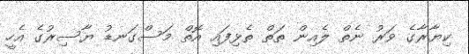
ކިޔާރާގެ ވަރު ނެތް ލެއިން ތަތް ތެޅިފައި އޮތް މަސްގަނޑު ޔާސިރުގެ އެހީ